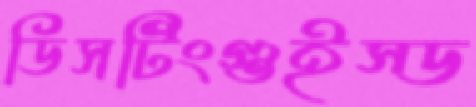
ডিসটিংগুইস্ড